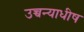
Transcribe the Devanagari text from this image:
उच्चन्याधीष